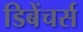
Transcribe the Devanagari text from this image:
डिबेंचर्स